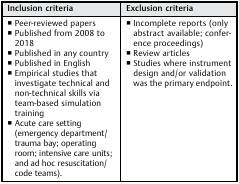
<table><thead><tr><td><b>Inclusion criteria</b></td><td><b>Exclusion criteria</b></td></tr></thead><tbody><tr><td>▪ Peer-reviewed papers▪ Published from 2008 to 2018▪ Published in any country▪ Published in English▪ Empirical studies that investigate technical and non-technical skills via team-based simulation training▪ Acute care setting (emergency department/trauma bay; operating room; intensive care units; and ad hoc resuscitation/code teams).</td><td>▪ Incomplete reports (only abstract available; conference proceedings)▪ Review articles▪ Studies where instrument design and/or validation was the primary endpoint.</td></tr></tbody></table>